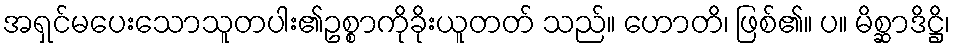
အရှင်မပေးသောသူတပါး၏ဥစ္စာကိုခိုးယူတတ် သည်။ ဟောတိ၊ ဖြစ်၏။ ပ။ မိစ္ဆာဒိဋ္ဌိ၊